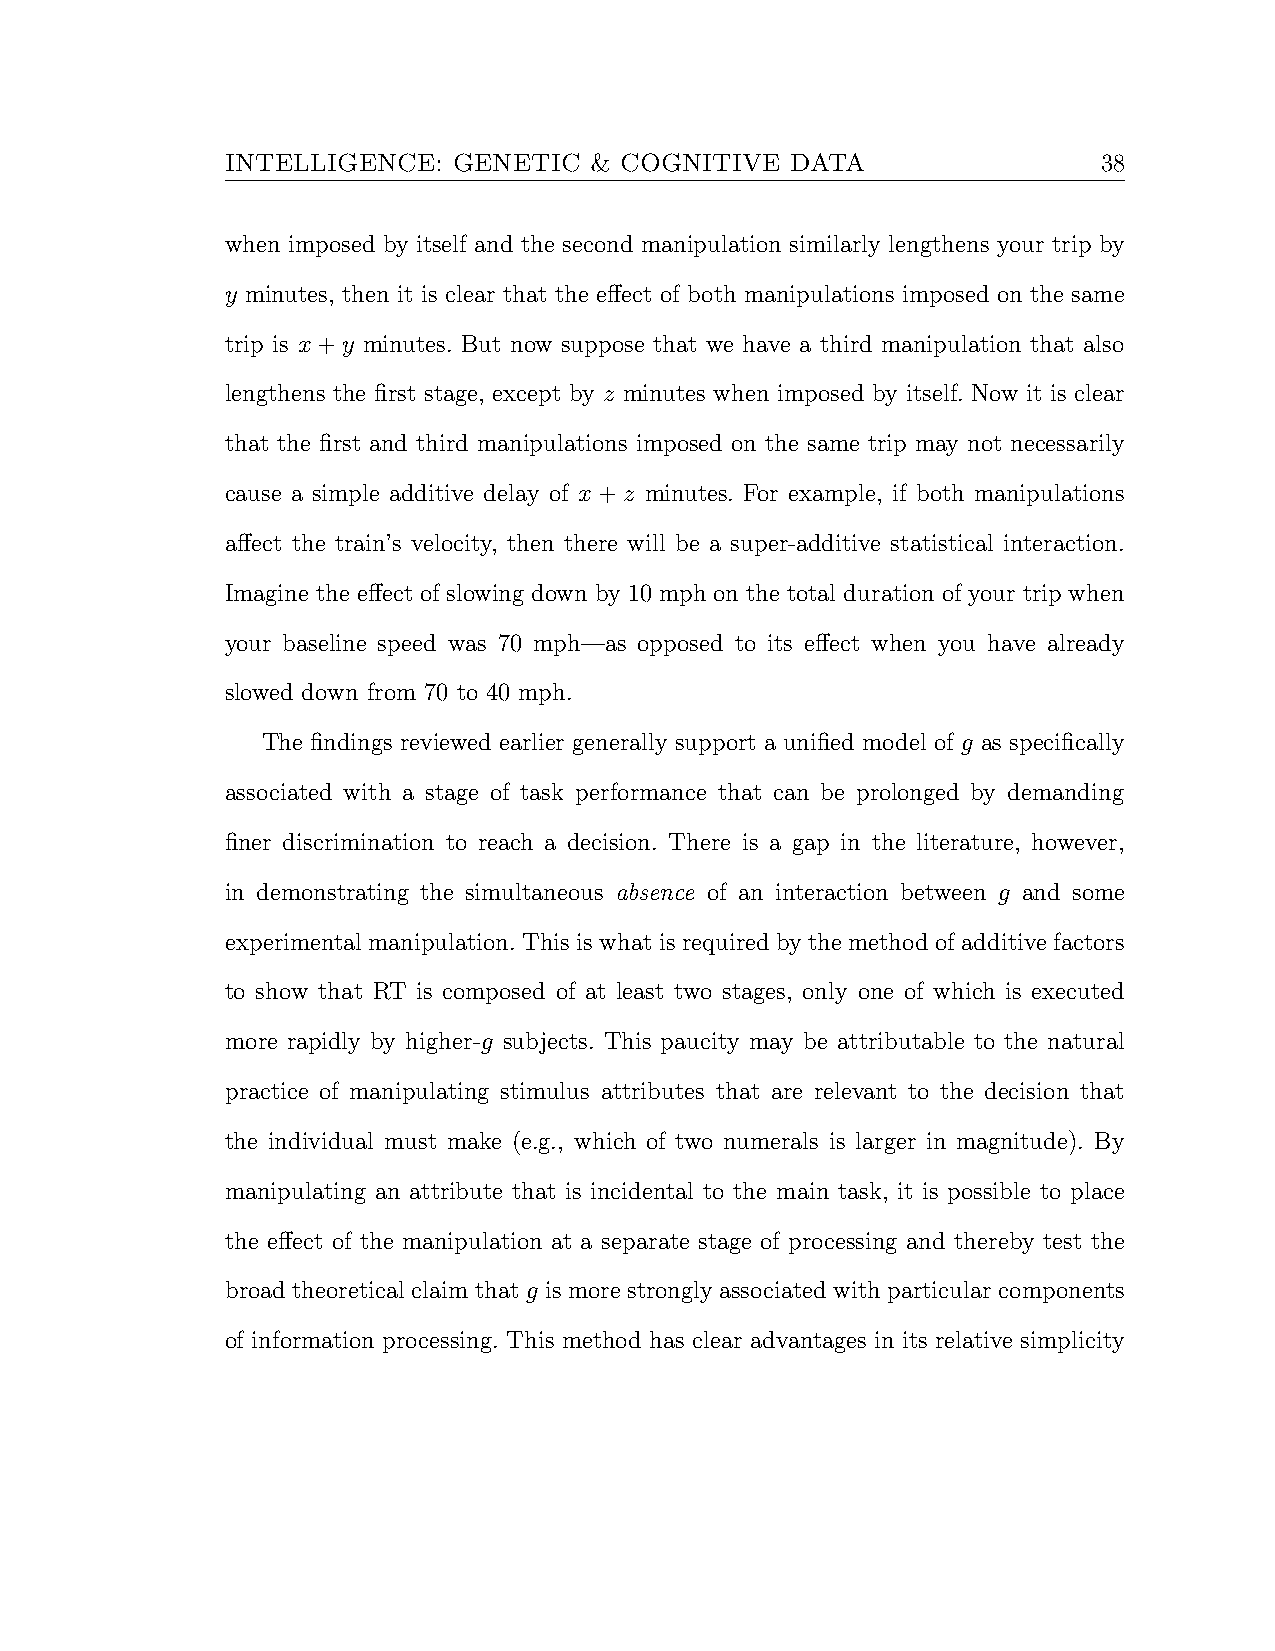
INTELLIGENCE:  GENETIC  & COGNITIVE  DATA                 38
 when imposed by itself and the second manipulation similarly lengthens your trip by
 y minutes, then it is clear that the effect of both manipulations imposed on the same
 trip is x+y minutes. But now suppose that we have a third manipulation that also
 lengthens the first stage, except by z minutes when imposed by itself. Now it is clear
 that the first and third manipulations imposed on the same trip may not necessarily
 cause a simple additive delay of x + z minutes. For example, if both manipulations
 affect the train’s velocity, then there will be a super-additive statistical interaction.
 Imagine the effect of slowing down by 10 mph on the total duration of your trip when
 your baseline speed was 70 mph—as opposed to its effect when you have already
 slowed down from 70 to 40 mph.
 The findings reviewed earlier generally support a unified model of g as specifically
 associated with a stage of task performance that can be prolonged by demanding
 finer discrimination to reach a decision. There is a gap in the literature, however,
 in demonstrating the simultaneous absence of an interaction between g and some
 experimental manipulation. This is what is required by the method of additive factors
 to show that RT is composed of at least two stages, only one of which is executed
 more rapidly by higher-g subjects. This paucity may be attributable to the natural
 practice of manipulating stimulus attributes that are relevant to the decision that
 the individual must make (e.g., which of two numerals is larger in magnitude). By
 manipulating an attribute that is incidental to the main task, it is possible to place
 the effect of the manipulation at a separate stage of processing and thereby test the
 broad theoretical claim that g is more strongly associated with particular components
 of information processing. This method has clear advantages in its relative simplicity